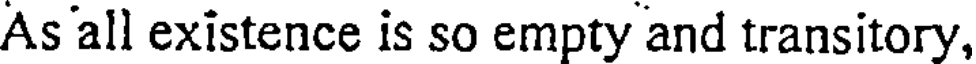
As all existence is so empty and transitory,